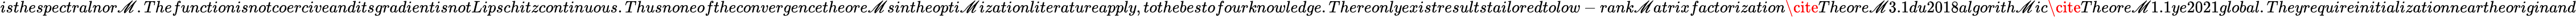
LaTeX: isthespectralnor\mathscr{M}.ThefunctionisnotcoerciveanditsgradientisnotLipschitzcontinuous.Thusnoneoftheconvergencetheore\mathscr{M}sintheopti\mathscr{M}izationliteratureapply,tothebestofourknowledge.Thereonlyexistresultstailoredtolow-rank\mathscr{M}atrixfactorization\cite{}{{Theore\mathscr{M}3.1}}{}{{du2018algorith\mathscr{M}ic}}\cite{}{{Theore\mathscr{M}1.1}}{}{{ye2021global}}.Theyrequireinitializationneartheoriginand